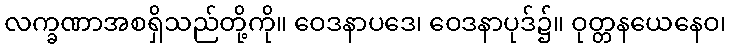
လက္ခဏာအစရှိသည်တို့ကို။ ဝေဒနာပဒေ၊ ဝေဒနာပုဒ်၌။ ဝုတ္တနယေနေဝ၊